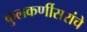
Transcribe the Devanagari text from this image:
कुलकर्णीसरांचे